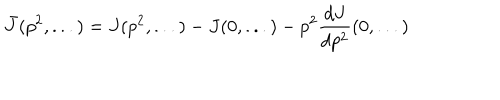
\bar { J } ( p ^ { 2 } , . . . ) = J ( p ^ { 2 } , . . . ) - J ( 0 , . . . ) - p ^ { 2 } \frac { d J } { d p ^ { 2 } } ( 0 , . . . )